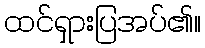
ထင်ရှားပြအပ်၏။